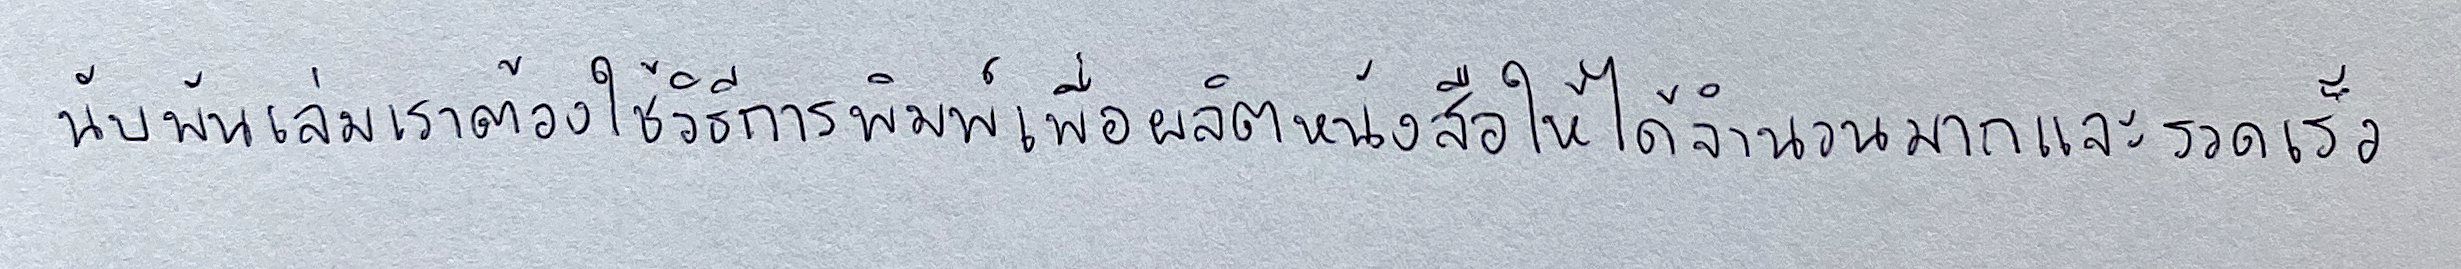
นับพันเล่มเราต้องใช้วิธีการพิมพ์เพื่อผลิตหนังสือให้ได้จำนวนมากและรวดเร็ว